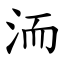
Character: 洏